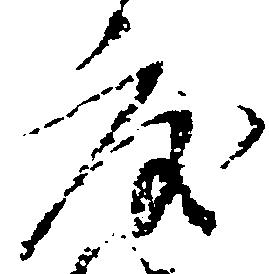
度